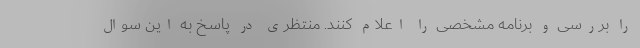
را بررسی و برنامه مشخصی را اعلام کنند. منتظری در پاسخ به این سوال